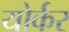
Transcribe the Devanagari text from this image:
योर्कर